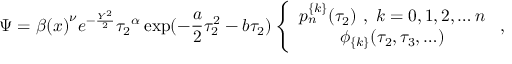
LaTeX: \Psi = { \beta ( x ) } ^ { \nu } e ^ { - \frac { Y ^ { 2 } } { 2 } } { \tau _ { 2 } } ^ { \alpha } \exp ( - \frac { a } { 2 } \tau _ { 2 } ^ { 2 } - b \tau _ { 2 } ) \left\{ \begin{array} { c } { { p _ { n } ^ { \{ k \} } ( \tau _ { 2 } ) \ , \ k = 0 , 1 , 2 , \ldots n } } \\ { { \phi _ { \{ k \} } ( \tau _ { 2 } , \tau _ { 3 } , \ldots ) } } \end{array} \ , \right.